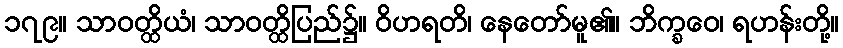
၁၇၉။ သာဝတ္ထိယံ၊ သာဝတ္ထိပြည်၌။ ဝိဟရတိ၊ နေတော်မူ၏။ ဘိက္ခဝေ၊ ရဟန်းတို့။